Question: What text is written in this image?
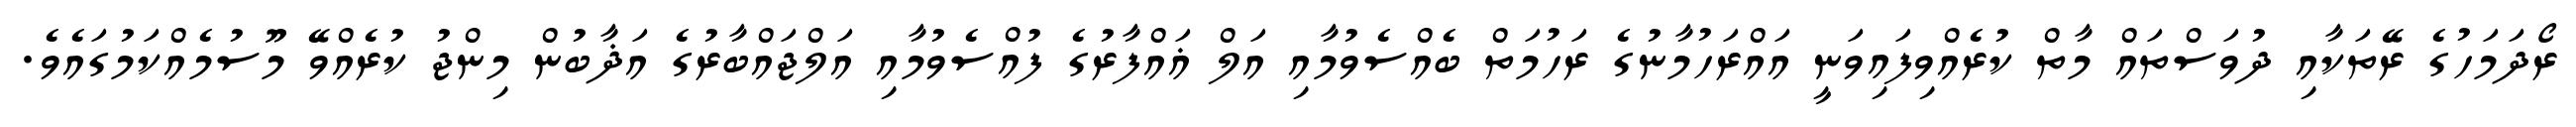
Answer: ރޯދަމަހުގެ ރޭތަކާއި ދުވަސްތައް މާތް ކުރެއްވިފައިވަނީ އައްރަހުމާނުގެ ރަހުމަތް ބެއްސެވުމާއި އަލް ޣައްފާރުގެ ފުއްސެވުމާއި އަލްޖައްބާރުގެ އަޛާބުން މިންޖު ކުރެއްވޭ މޫސުމެއްކަމުގައެވެ.